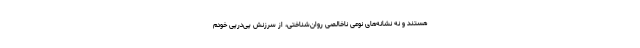
هستند و نه نشانه‌های نوعی ناخالصی روان‌شناختی، از سرزنش پی‌درپیِ خودم